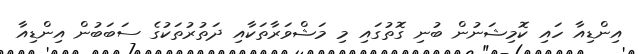
އިންޑިއާ ހައި ކޮމިޝަނުން ބުނި ގޮތުގައި މި މަޝްވަރާތަކާއި ދަތުރުތަކުގެ ސަބަބުން އިންޑިއާ